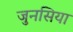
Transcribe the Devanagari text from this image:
जुनसिया